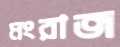
মংরাজ